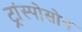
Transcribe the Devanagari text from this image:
ट्रांस्पोसोन